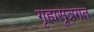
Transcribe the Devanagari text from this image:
गृह्यसूत्रगत